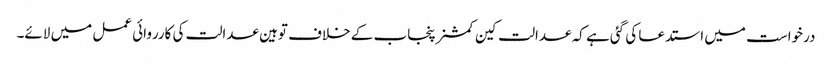
درخواست میں استدعا کی گئی ہے کہ عدالت کین کمشنر پنجاب کے خلاف توہین عدالت کی کارروائی عمل میں لائے۔